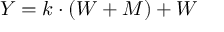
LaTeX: \textstyle Y = k \cdot ( W + M ) + W \,